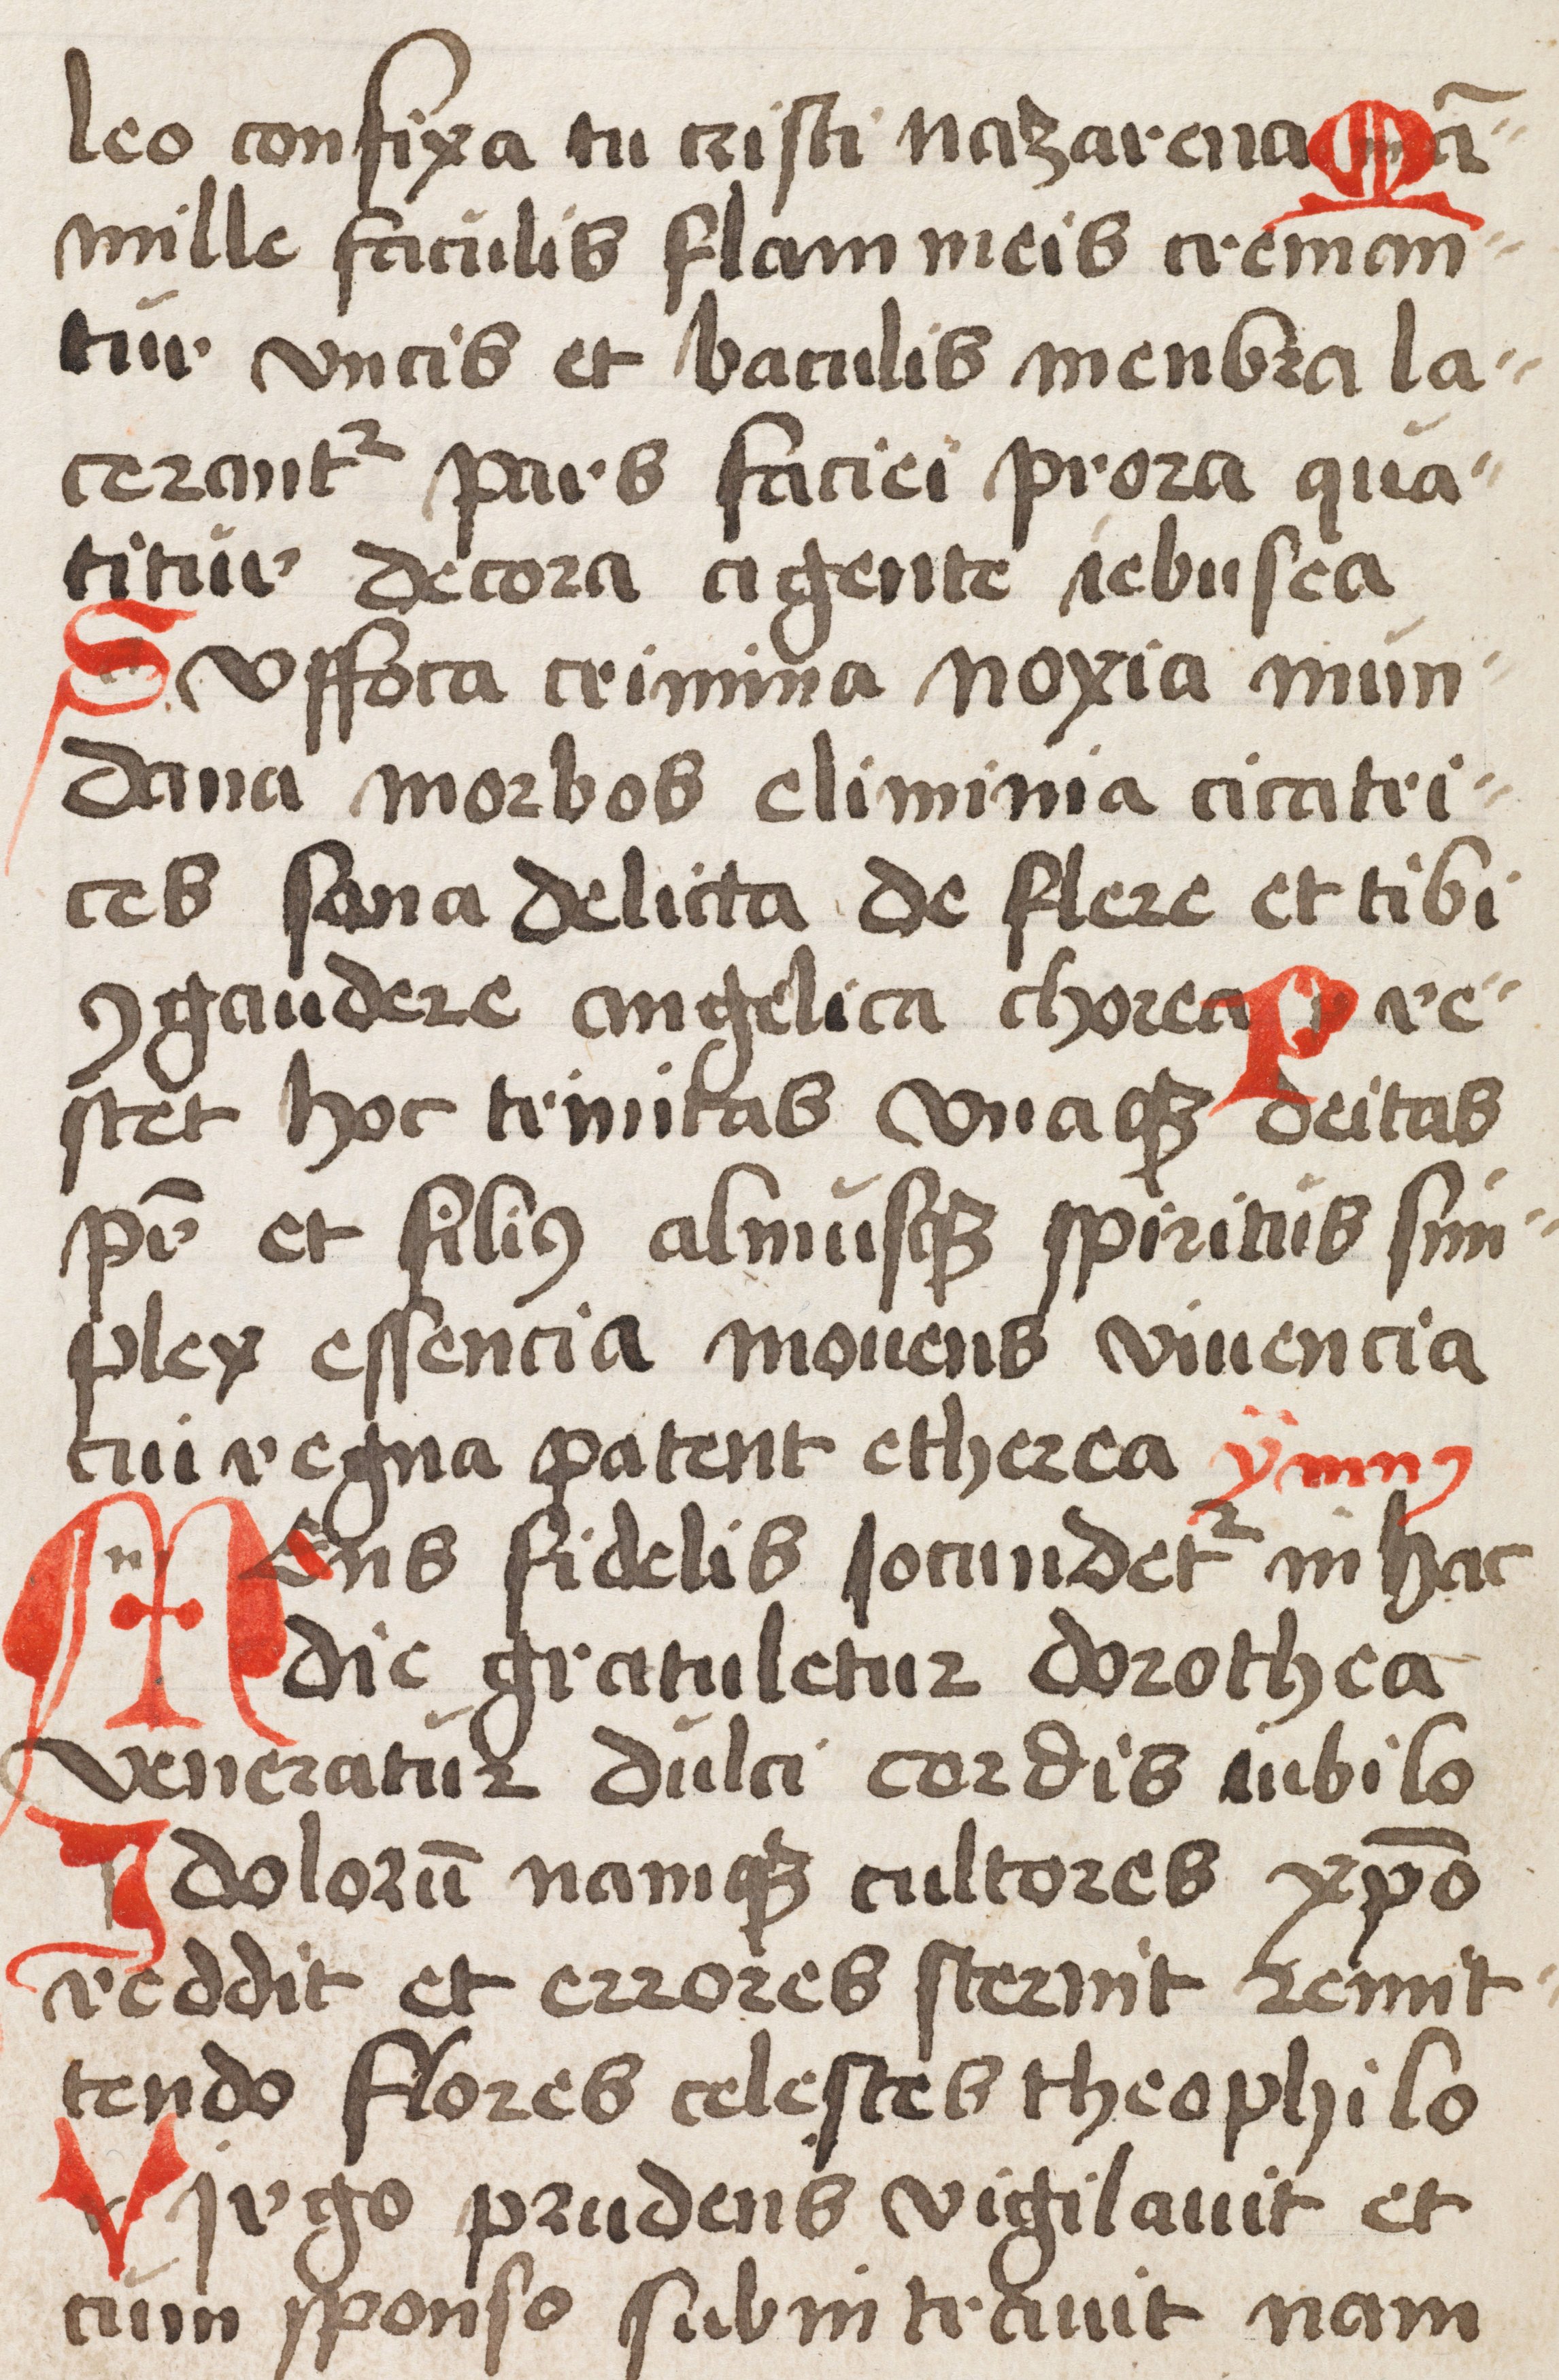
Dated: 1500–1524